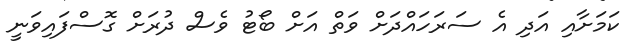
ކަމަށާއި އަދި އެ ސަރަހައްދަށް ވަތް އަށް ބޯޓު ވެސް ދުރަށް ގޮސްފައިވަނީ